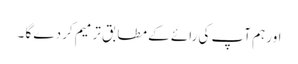
اور ہم آپ کی رائے کے مطابق ترمیم کر دے گا ۔